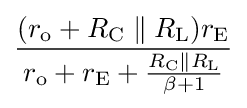
{\frac {(r_{\text{o}}+R_{\text{C}}\parallel R_{\text{L}})r_{\text{E}}}{r_{\text{o}}+r_{\text{E}}+{\frac {R_{\text{C}}\parallel R_{\text{L}}}{\beta +1}}}}